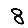
Digit: 8